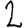
Digit: 2